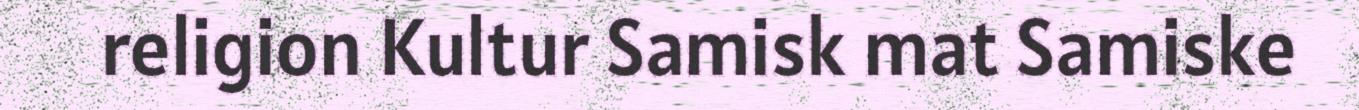
religion Kultur Samisk mat Samiske